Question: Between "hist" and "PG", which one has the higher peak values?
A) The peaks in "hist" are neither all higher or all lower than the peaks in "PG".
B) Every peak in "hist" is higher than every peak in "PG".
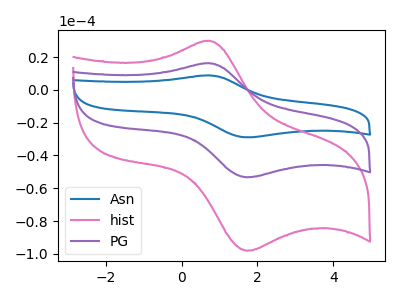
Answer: <think>The blue curve "Asn" has an anodic peak at (0.70V, 32.60uA) and a cathodic peak at (1.70V, -106.65uA). The pink curve "hist" has an anodic peak at (0.70V, 30.00uA) and a cathodic peak at (1.70V, -98.15uA). The purple curve "PG" has an anodic peak at (0.70V, 16.30uA) and a cathodic peak at (1.70V, -53.35uA).</think>
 <answer>B) Every peak in "hist" is higher than every peak in "PG".</answer>
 <eval>B</eval>